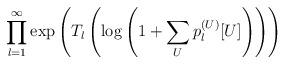
LaTeX: \begin{align*}\prod_{l=1}^{\infty}\exp \left(T_l\left(\log \left(1 + \sum_{U} p_l^{(U)}[U]\right) \right) \right)\end{align*}